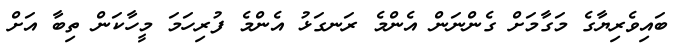
ބައިވެރިޔާގެ މަގާމަށް ގެންނަން އެންމެ ރަނގަޅު އެންމެ ފުރިހަމަ މީހާކަން ތިބާ އަށް